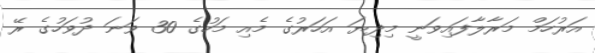
އަރުހަމް މަރާލާފައިވަނީ މިދިޔަ އަހަރުގެ މެއި މަހުގެ 30 ވަނަ ދުވަހުގެ ރޭ